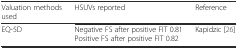
<table><thead><tr><td><b>Valuation methods used</b></td><td><b>HSUVs reported</b></td><td><b>Reference</b></td></tr></thead><tbody><tr><td>EQ-5D</td><td>Negative FS after positive FIT 0.81Positive FS after positive FIT 0.82</td><td>Kapidzic [26]</td></tr></tbody></table>